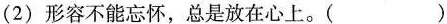
(2)形容不能忘怀，总是放在心上。( )